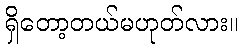
ရှိတော့တယ်မဟုတ်လား။